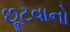
છૂટવાનો